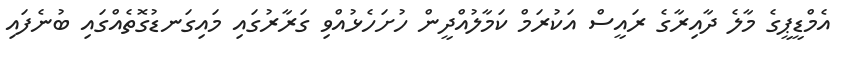
އެމްޑީޕީގެ މާލެ ދާއިރާގެ ރައީސް އަކުރަމް ކަމާލުއްދީން ހުށަހެޅުއްވި ގަރާރުގައި މައިގަނޑުގޮތެއްގައި ބުނެފައި